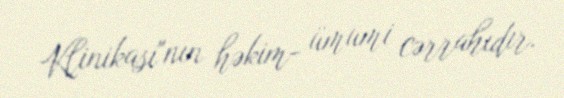
Klinikası"nın həkim- ümumi cərrahıdır.